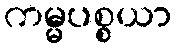
ကမ္မပစ္စယာ